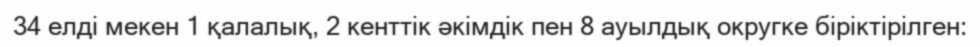
34 елді мекен 1 қалалық, 2 кенттік әкімдік пен 8 ауылдық округке біріктірілген: